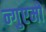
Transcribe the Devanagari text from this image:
न्गुएमो